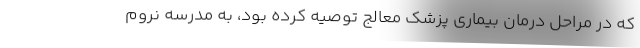
که در مراحل درمان بیماری پزشک معالج توصیه کرده بود، به مدرسه نروم